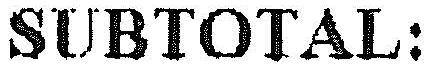
SUBTOTAL: